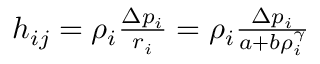
\begin{array} { r } { h _ { i j } = \rho _ { i } \frac { \Delta p _ { i } } { r _ { i } } = \rho _ { i } \frac { \Delta p _ { i } } { a + b \rho _ { i } ^ { \gamma } } } \end{array}